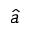
\hat { a }